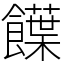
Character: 䭟